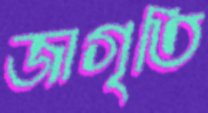
জাগৃতি